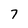
Character: 7